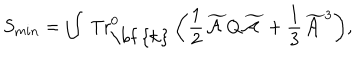
LaTeX: \displaystyle { S _ { m i n } = \int \ { \mathrm { T r } } _ { \mathrm { \bf ~ { k } } } ^ { 0 } \left( \frac { 1 } { 2 } \widetilde { { \cal A } } Q \widetilde { { \cal A } } + \frac { 1 } { 3 } \widetilde { { \cal A } } ^ { 3 } \right) } ,